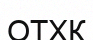
ОТХК